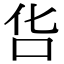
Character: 𠯒